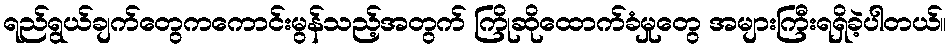
ရည်ရွယ်ချက်တွေကကောင်းမွန်သည့်အတွက် ကြိုဆိုထောက်ခံမှုတွေ အများကြီးရရှိခဲ့ပါတယ်။